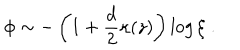
\phi \sim - \left( 1 + \frac { d } { 2 } \kappa ( z ) \right) \log \xi \; .